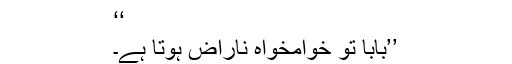
‘‘
’’بابا تو خوامخواہ ناراض ہوتا ہے۔